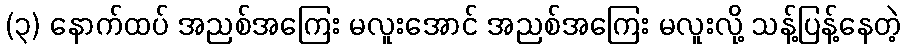
(၃) နောက်ထပ် အညစ်အကြေး မလူးအောင် အညစ်အကြေး မလူးလို့ သန့်ပြန့်နေတဲ့